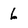
Character: 6